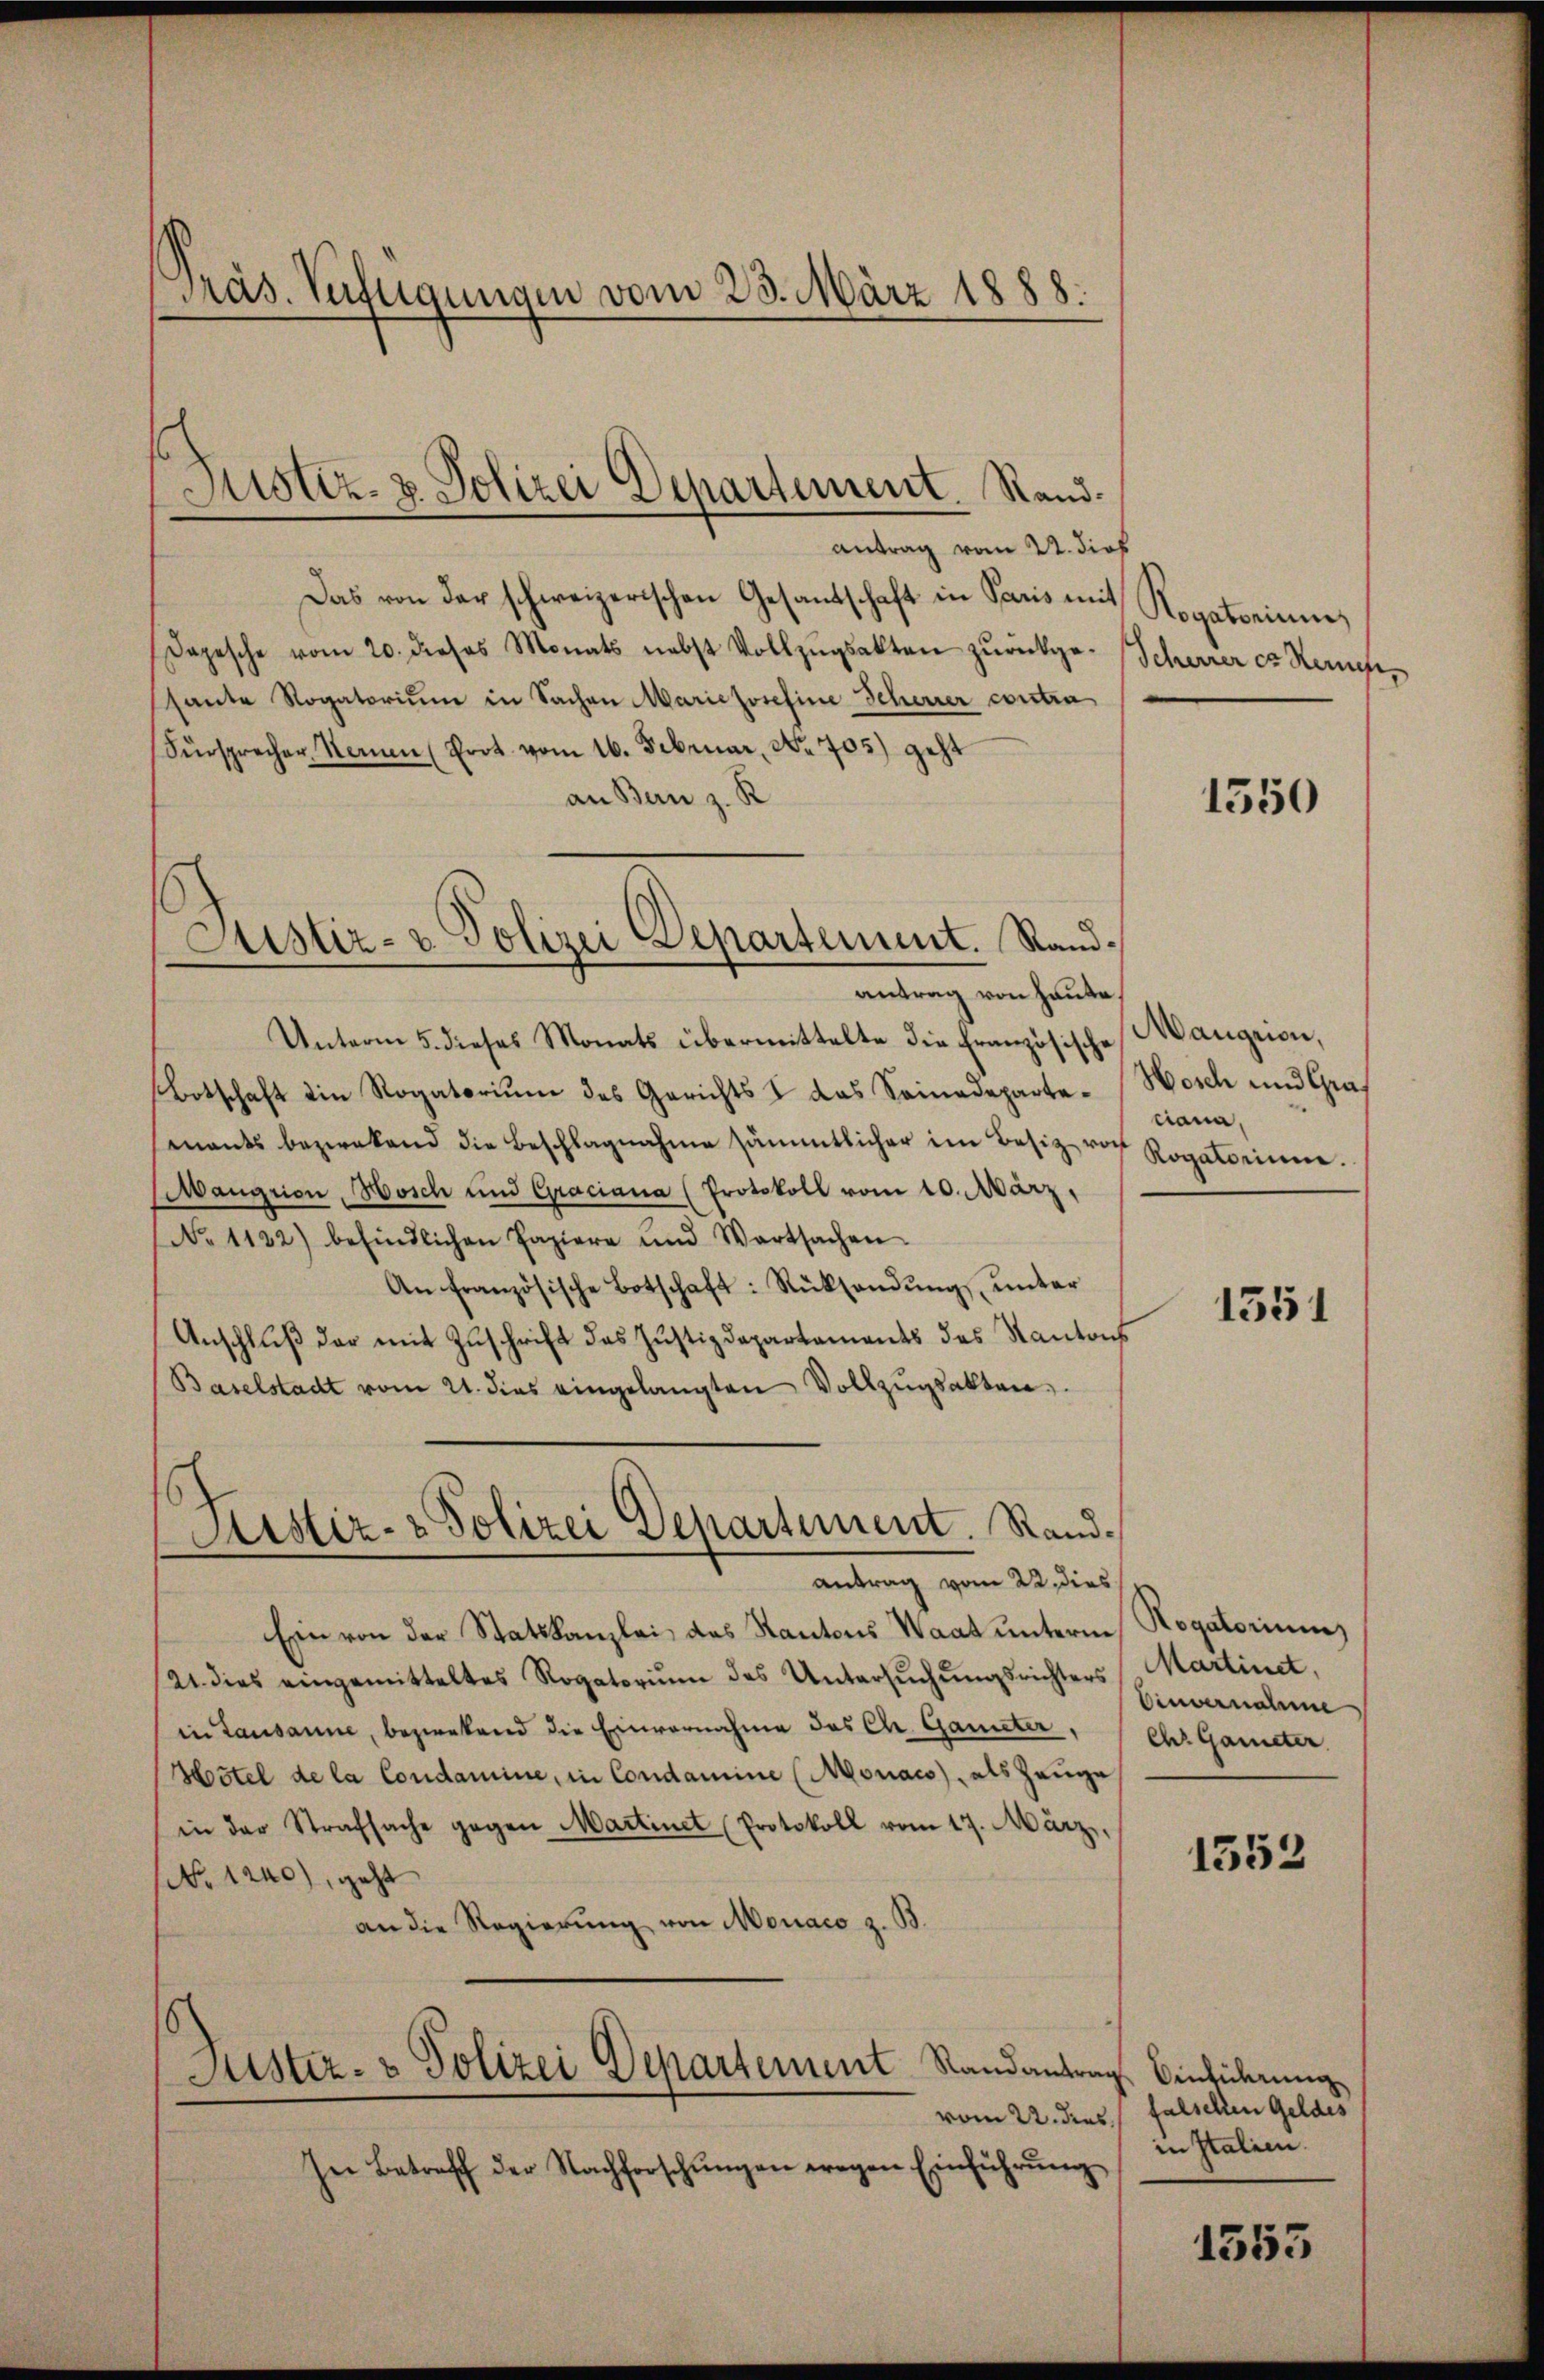
Präs. Verftigungen vom 23. März 1888.

Das von der schweizerischen Gesandschaft in Paris mit
Depesche vom 20. Dieses Monats nebst Vollzŭgsakten zŭrückge-
sante Rogatorium in Sachen Marie Josefine Scheurer contra
Fürsprecher Namen (Prot. vom 16. Februar, No. 705) geht
an Bern z. R
Unterm 5. dieses Monats übermittelte die Französische
Botschaft ein Rogatoriŭm des Gerichts & das Sainadeparte-Wosch und Graf
mants bezwekend die Beschlagnahme sämmtlicher im Besiz roch
Maugrion, Wosch und Graciana (Protokoll vom 10. März,
No 1132) befindlichen Papiere und Wartsachen
An französische Botschaft: Rücksendŭng ŭnter
Anschluß der mit Zuschrift des Justizdepartements des Kantoch
Baselstadt vom 21. dies eingelangten Vollzŭgsakten.

Justiz- & Polizei Departement. Rand.

Justiz- & Polizei Departement. Randantrag von Hause

s
Aistiz- & Polizei Departement. Randantrag vom 22. dies

Justiz- & Polizei Departement Randantrag Einführung

Antrag vom 2. dies

Ein von der Statskanzlei das Kantons Waat unterm
21. dies eingemitteltes Rogatoriŭm des Untersŭchŭngsrichters
in Lausanne, bezirkend die Einvernahme des Chr. Gameter,
Hôtel de la Condamine, in Condamine (Moniaco, als Zeuge
in der Strafsache gegen Martinet (Protokoll vom 17. März,
(No 1240), geht
an die Regierung von Monaco z. B

her Betreff der Nachforschŭngen wegen Einführŭng

Rogatorium
Scheurer et Kerneh¬

Maugrion,
ciana,
Rogatorium.

1550

1351

Rogatorium
Martinet,
Einvernahme
ch. Gameter

1552

vom 22. dies falschen Geldes
in Italien.

1553